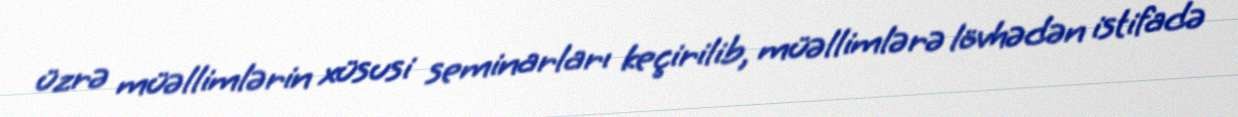
üzrə müəllimlərin xüsusi seminarları keçirilib, müəllimlərə lövhədən istifadə